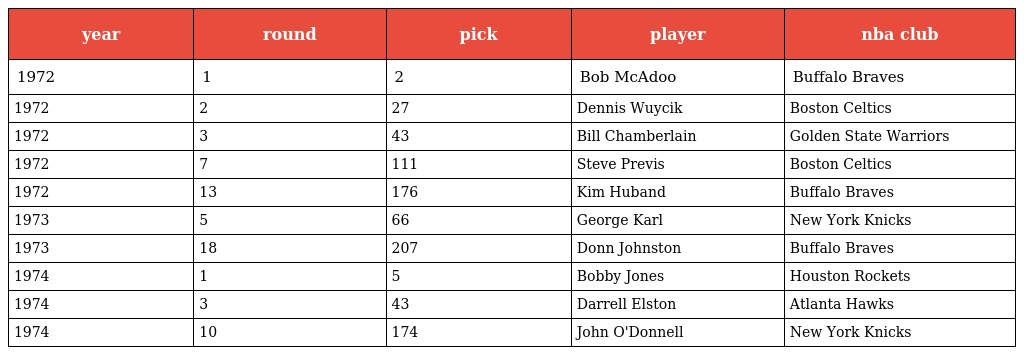
| year | round | pick | player | nba club |
 | --- | --- | --- | --- | --- |
 | 1972 | 1 | 2 | Bob McAdoo | Buffalo Braves |
 | 1972 | 2 | 27 | Dennis Wuycik | Boston Celtics |
 | 1972 | 3 | 43 | Bill Chamberlain | Golden State Warriors |
 | 1972 | 7 | 111 | Steve Previs | Boston Celtics |
 | 1972 | 13 | 176 | Kim Huband | Buffalo Braves |
 | 1973 | 5 | 66 | George Karl | New York Knicks |
 | 1973 | 18 | 207 | Donn Johnston | Buffalo Braves |
 | 1974 | 1 | 5 | Bobby Jones | Houston Rockets |
 | 1974 | 3 | 43 | Darrell Elston | Atlanta Hawks |
 | 1974 | 10 | 174 | John O'Donnell | New York Knicks |